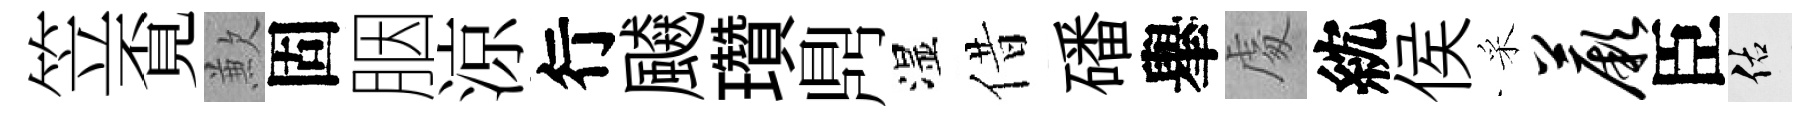
笠覔歉固胭涼行飇瓚𪔂湿借磻𦦙䖏紞侯采蕨臣佑